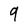
Character: 9